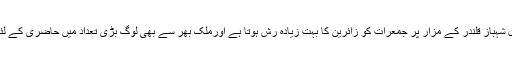
حضرت لال شہباز قلندر کے مزار پر جمعرات کو زائرین کا بہت زیادہ رش ہوتا ہے اورملک بھر سے بھی لوگ بڑی تعداد میں حاضری کے لئے آتے ہیں۔